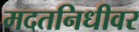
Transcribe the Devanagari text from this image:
मदतनिधीवर